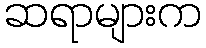
ဆရာများက